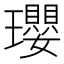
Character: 瓔